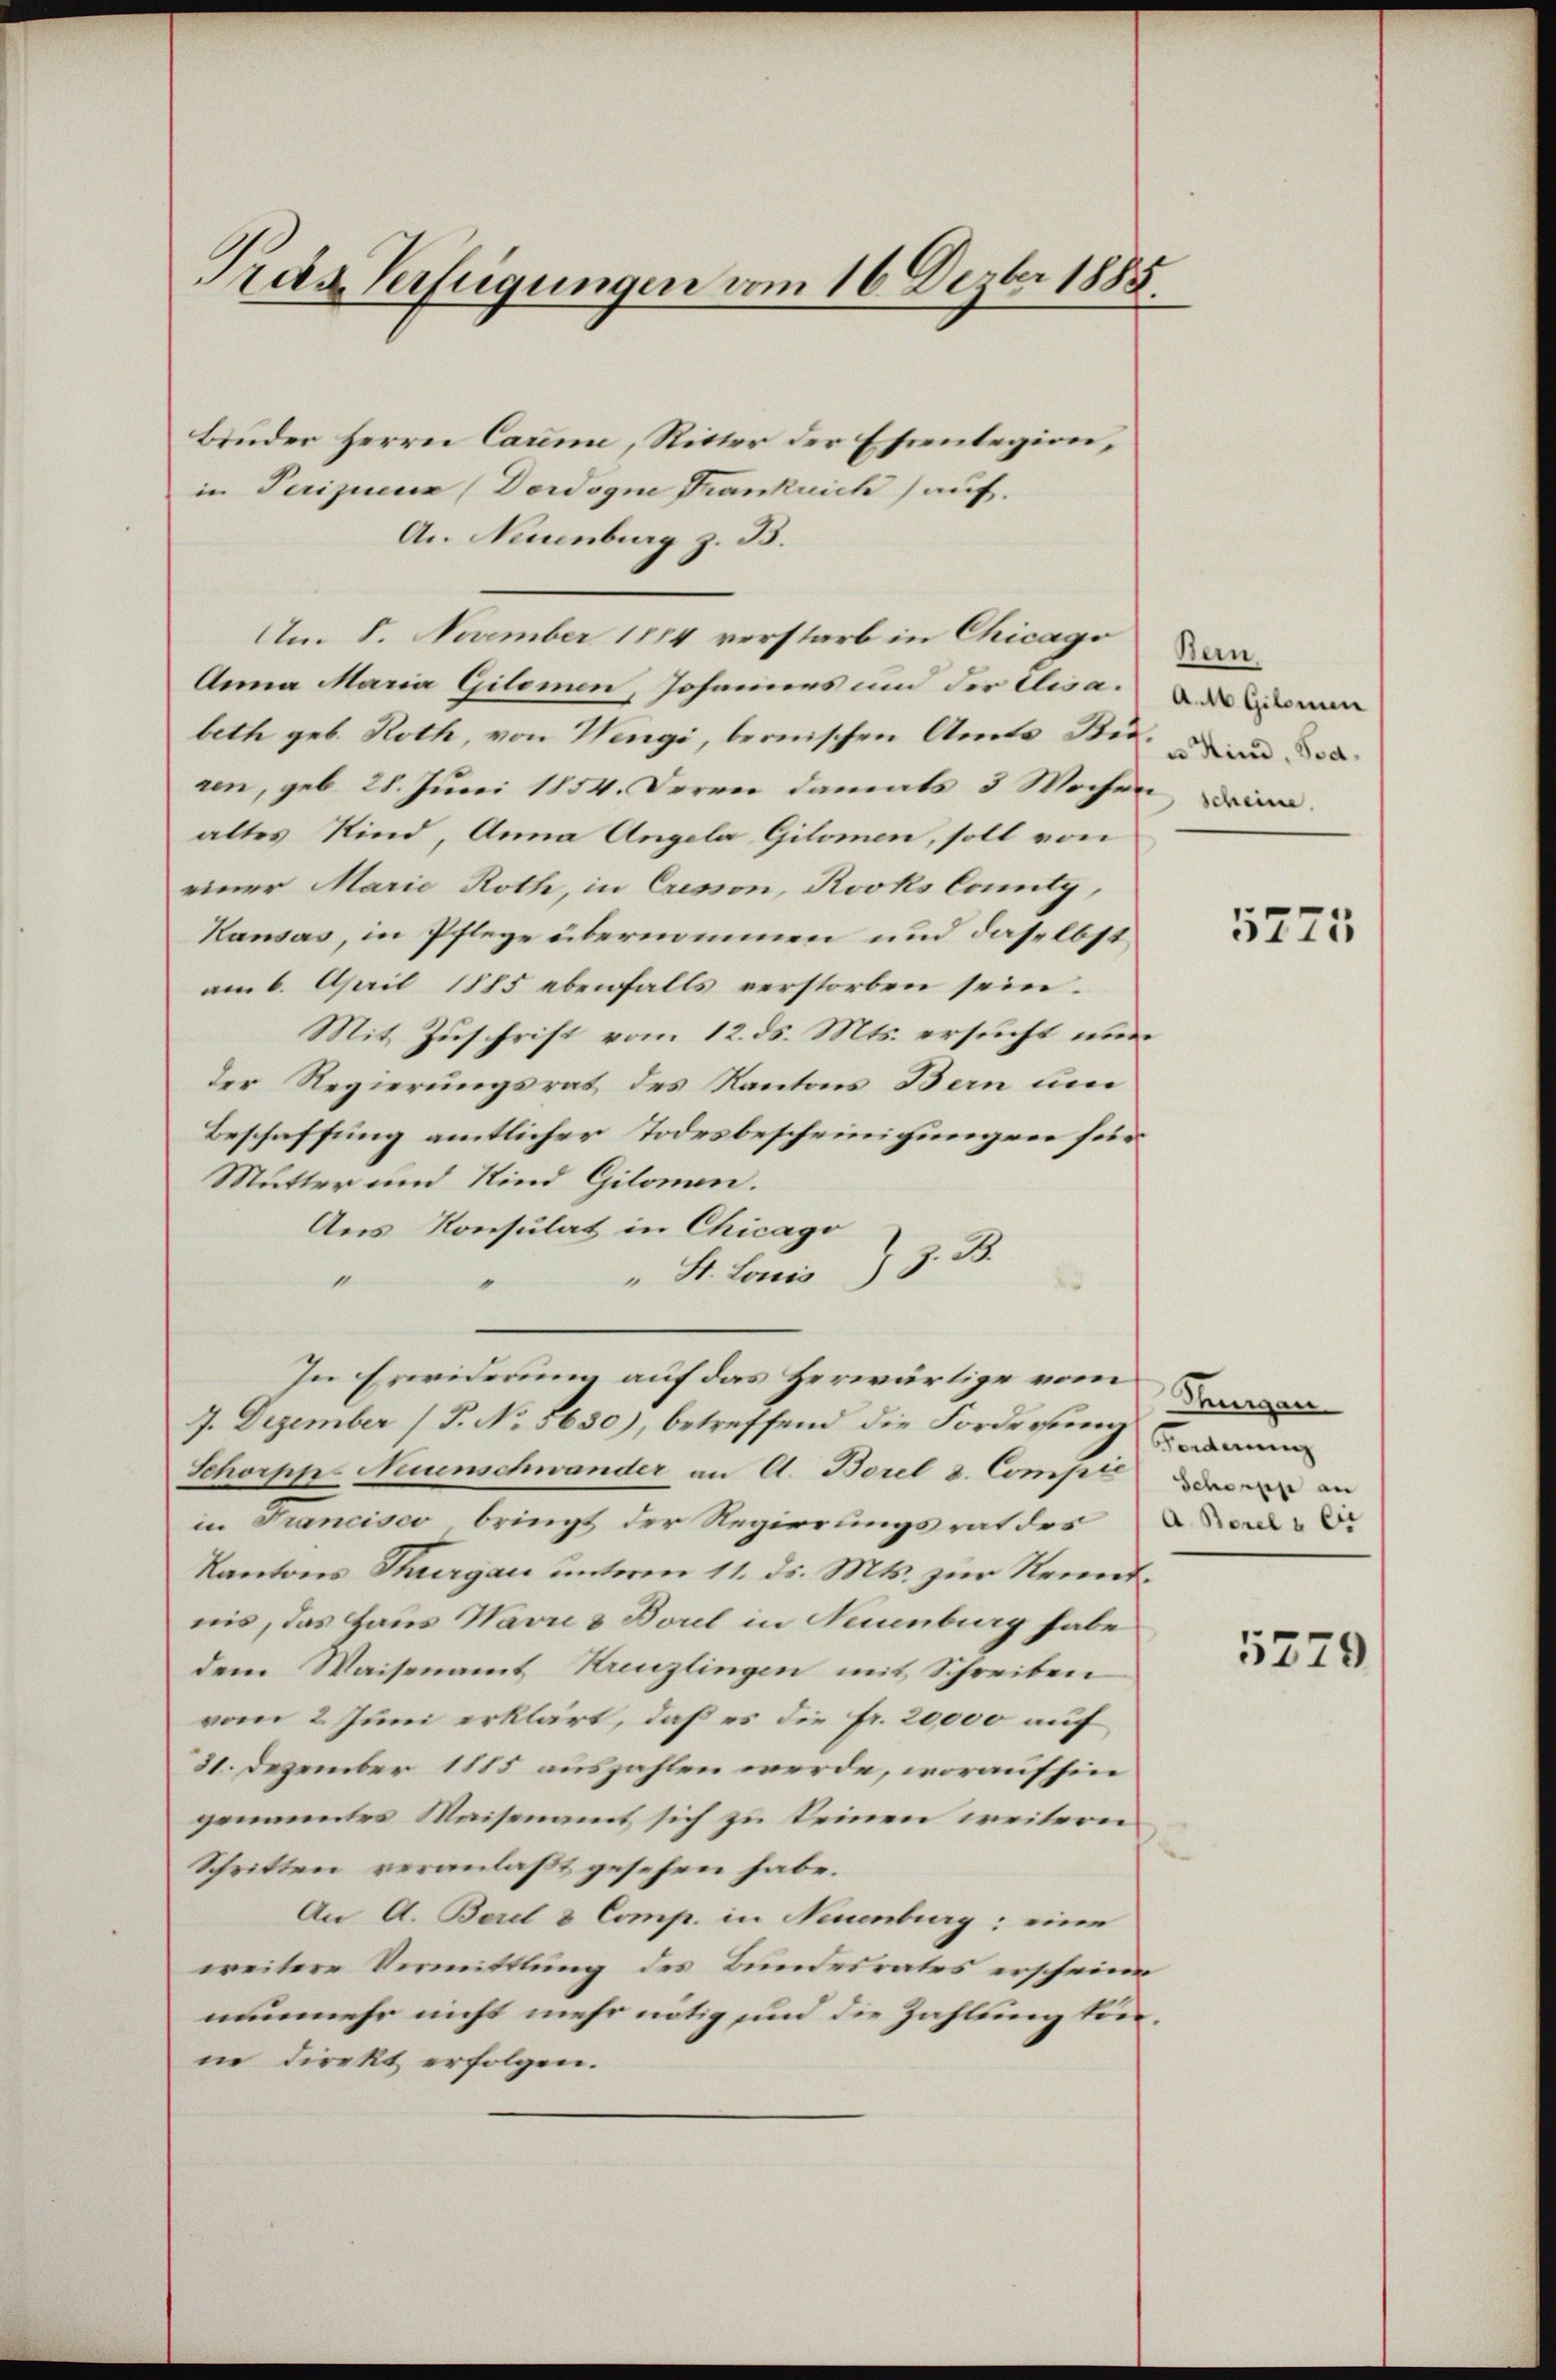
Prag Verfügungen vom 16. Dezbr 1885.

Bruder Herrn Carime, Ritter der Ehrenlegion,
in Periquenz (Dordogne Frankrich) auf.
An Neuenburg z. B.
Am 8. November 1884 verstarb in Chicago Can¬
Anna Maria Gilomen, Johannes und der Elisabeth geb. Roth, von Wengi, bernischen Amts Bie- und de
ren, geb. 28. Juni 1854. Deren damals 3 Wochen ein
altes Kind, Anna Angela Gilomen, soll von
einer Marie Roth, in Cresson, Kooks Conty,
Kausas, in Pflege übernommen und daselbst
am 6. April 1885 ebenfalls verstorben sein.
Mit Zuschrift vom 12. ds. Mts. ersucht nun
der Regierungsrat des Kantons Bern um
Beschaffung amtlicher Todesbescheinigungen für
Mutter und Kind Gilomen.
Aus Konsulat in Chicago
" St. Louis ) z. B.
1
.
In Erwiderung auf das Herwärtige vom Dan
7. Dezember (T. No 5630), betreffend die Forderung u. dann
Schorpp. Neuenschwander an A. Borel d. Compli das der in
in Francisco bringt der Regierungsrat des Herr
Kantons Thurgau unterm 11. ds. Mts. zur Kenntnis, das Haus Wavre 3 Borel in Neuenburg habe
dem Waisenamt Kreuzlingen mit Schreiben
vom 2. Juni erklärt, daß es die fr. 20,000 auf
21. Dezember 1885 auszahlen werde, woraufhin
genanntes Waisenamt sich zu keinen weitern
Schritten veranlaßt gesehen habe.
An A. Borel & Comp. in Neuenburg; eine
weitere Vermittlung des Bundesrates erscheine
nunmehr nicht mehr nötig und die Zahlung tenin direkt erfolgen.

5775

5279